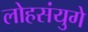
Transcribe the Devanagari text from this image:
लोहसंयुगे